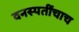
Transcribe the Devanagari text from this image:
वनस्पतींचाच